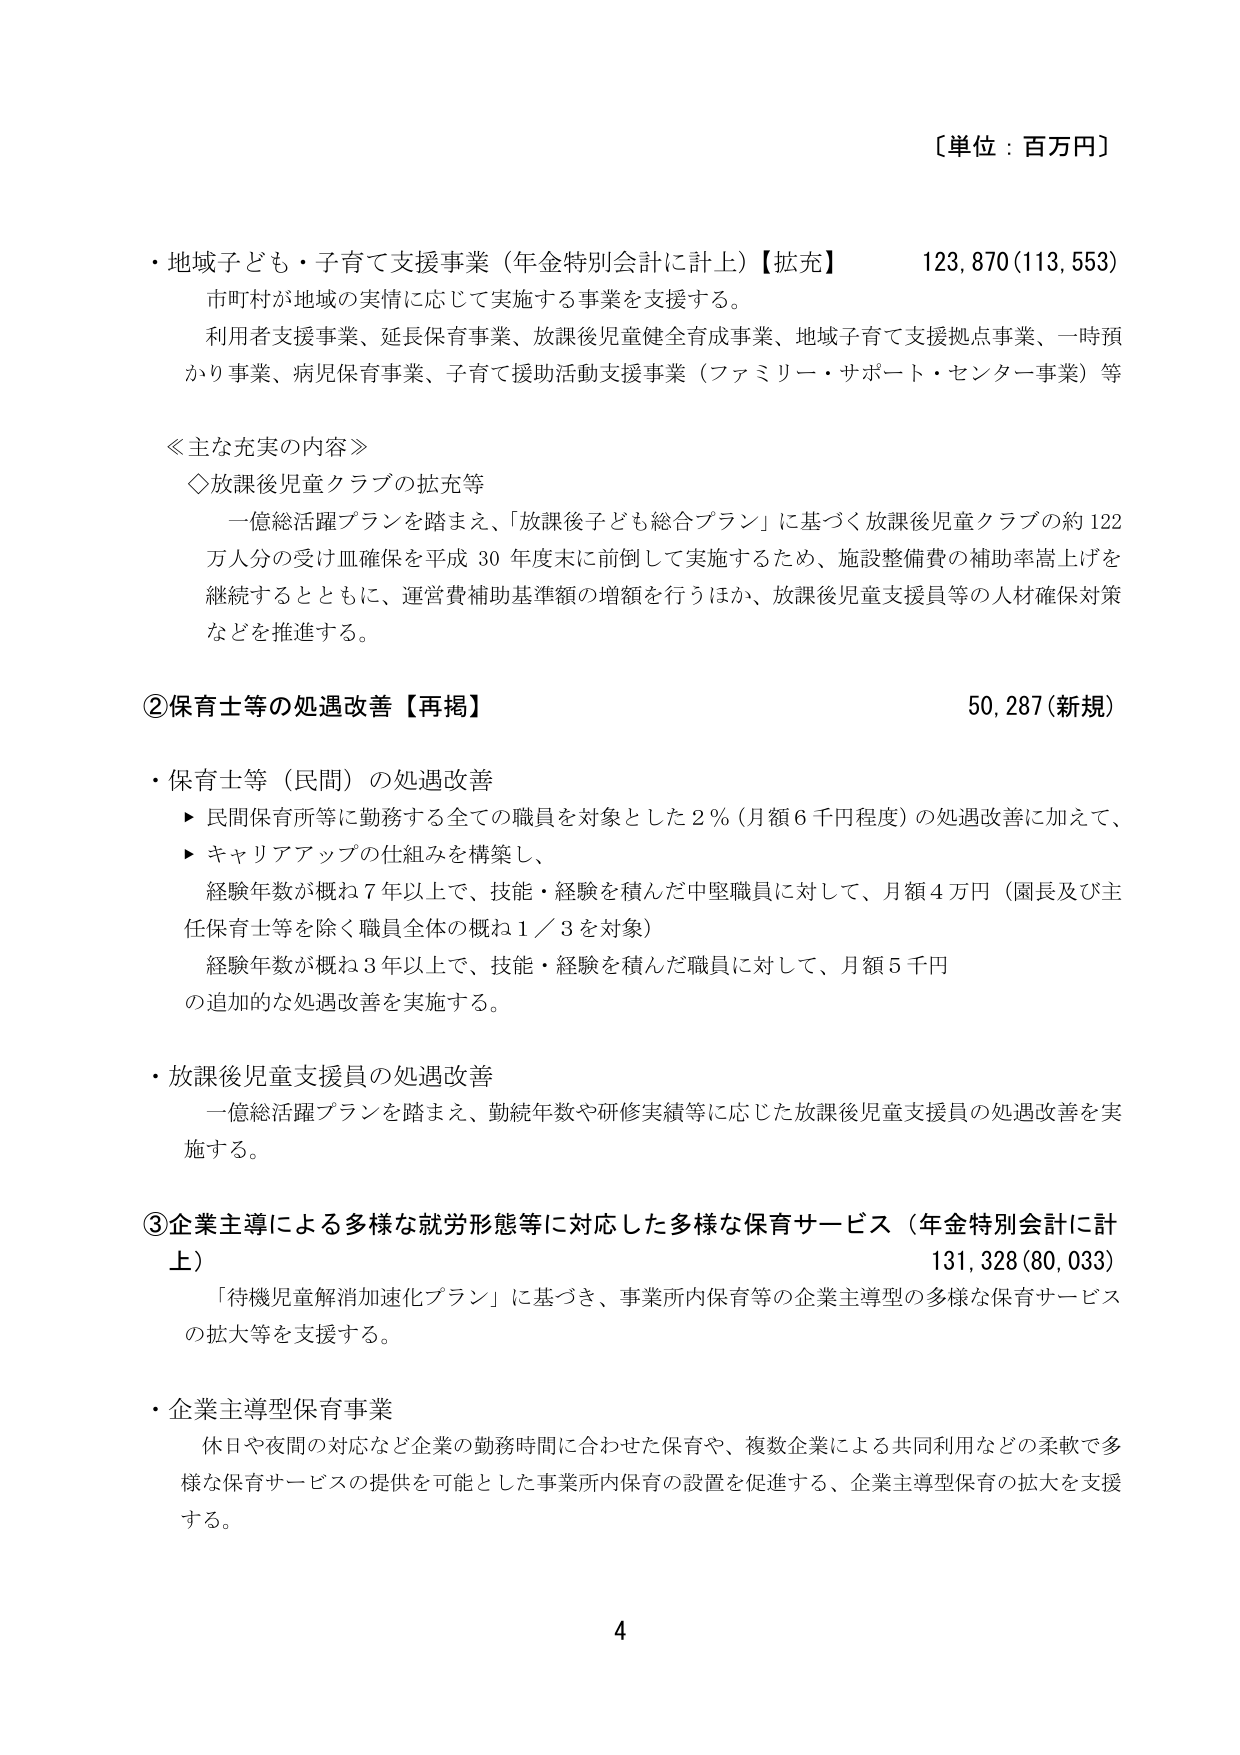
〔単位：百万円〕

・地域子ども・子育て支援事業（年金特別会計に計上）【拡充】　123,870(113,553)
　市町村が地域の実情に応じて実施する事業を支援する。
　利用者支援事業、延長保育事業、放課後児童健全育成事業、地域子育て支援拠点事業、一時預
　かり事業、病児保育事業、子育て援助活動支援事業（ファミリー・サポート・センター事業）等

≪主な充実の内容≫
　◇放課後児童クラブの拡充等
　　一億総活躍プランを踏まえ、「放課後子ども総合プラン」に基づく放課後児童クラブの約122
　　万人分の受け皿確保を平成30年度末に前倒して実施するため、施設整備費の補助率嵩上げを
　　継続するとともに、運営費補助基準額の増額を行うほか、放課後児童支援員等の人材確保対策
　　などを推進する。

②保育士等の処遇改善【再掲】　50,287(新規)

・保育士等（民間）の処遇改善
　▶ 民間保育所等に勤務する全ての職員を対象とした2％（月額6千円程度）の処遇改善に加えて、
　▶ キャリアアップの仕組みを構築し、
　　経験年数が概ね7年以上で、技能・経験を積んだ中堅職員に対して、月額4万円（園長及び主
　　任保育士等を除く職員全体の概ね1／3を対象）
　　経験年数が概ね3年以上で、技能・経験を積んだ職員に対して、月額5千円
　　の追加的な処遇改善を実施する。

・放課後児童支援員の処遇改善
　一億総活躍プランを踏まえ、勤続年数や研修実績等に応じた放課後児童支援員の処遇改善を実
　施する。

③企業主導による多様な就労形態等に対応した多様な保育サービス（年金特別会計に計
　上）　131,328(80,033)
　「待機児童解消加速化プラン」に基づき、事業所内保育等の企業主導型の多様な保育サービス
　の拡大等を支援する。

・企業主導型保育事業
　休日や夜間の対応など企業の勤務時間に合わせた保育や、複数企業による共同利用などの柔軟で多
　様な保育サービスの提供を可能とした事業所内保育の設置を促進する、企業主導型保育の拡大を支援
　する。

4